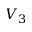
V _ { 3 }